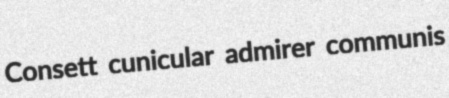
Consett cunicular admirer communis